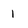
Character: 1